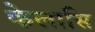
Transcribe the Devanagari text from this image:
केलासि